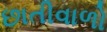
છાતીવાળો